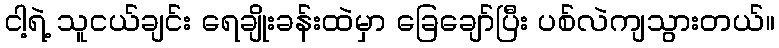
ငါ့ရဲ့ သူငယ်ချင်း ရေချိုးခန်းထဲမှာ ခြေချော်ပြီး ပစ်လဲကျသွားတယ်။